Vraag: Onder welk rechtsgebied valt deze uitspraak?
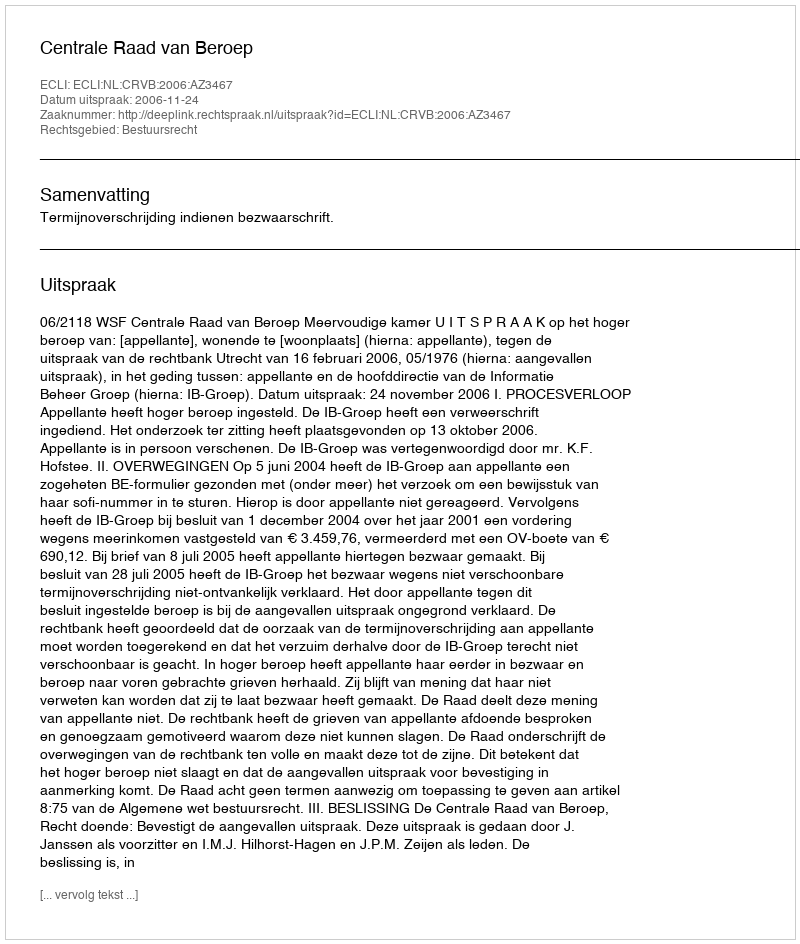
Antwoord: Bestuursrecht